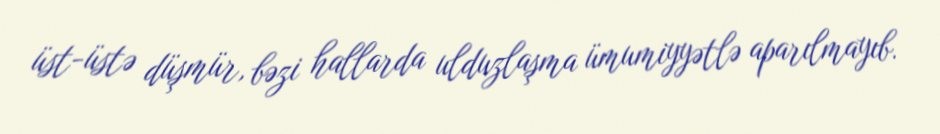
üst-üstə düşmür, bəzi hallarda ulduzlaşma ümumiyyətlə aparılmayıb.